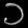
Digit: ၁